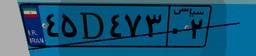
۹۹D۴۹۰۸۱